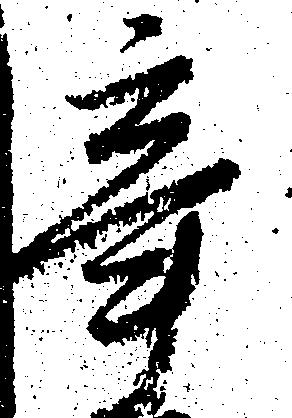
辛